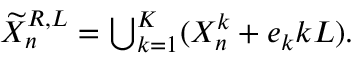
\begin{array} { r } { \widetilde X _ { n } ^ { R , L } = \bigcup _ { k = 1 } ^ { K } ( X _ { n } ^ { k } + e _ { k } k L ) . } \end{array}